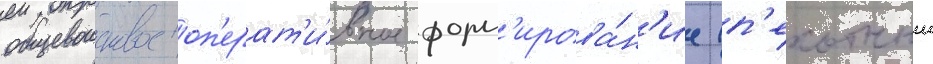
общевоисковое оп'ерат'и́вное форм'ирова́н'ие (п'ехотныи